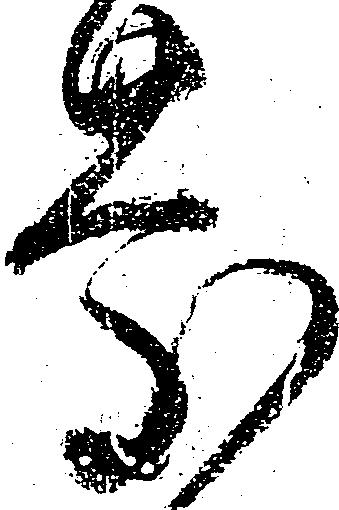
慶